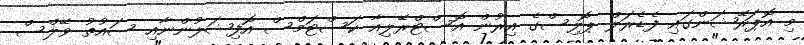
މި އޮޕަރޭޝަންގައި ފެޑެރަލް ޕޮލިސްގެ އިރުން އޮސްޓްރޭލިއާ ކަސްޓަމްސް އޮފިޝަލުންނާއި ސައުތު ވޭލްސް